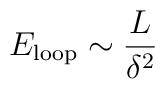
E_{\rm loop} \sim \frac{L}{\delta^2}